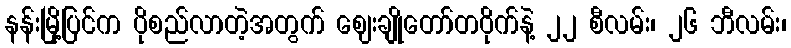
နန်းမြို့ပြင်က ပိုစည်လာတဲ့အတွက် ဈေးချိုတော်တဝိုက်နဲ့ ၂၂ စီလမ်း၊ ၂၆ ဘီလမ်း၊